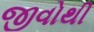
જીવોથી